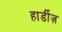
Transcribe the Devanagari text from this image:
हार्डीज़